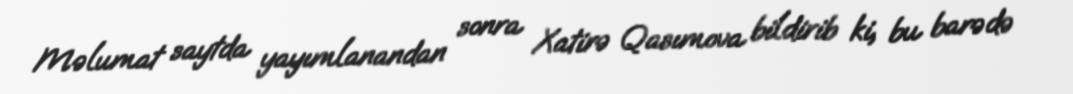
Məlumat saytda yayımlanandan sonra Xatirə Qasımova bildirib ki, bu barədə